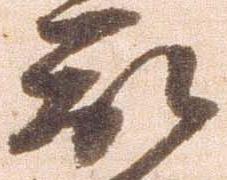
被